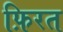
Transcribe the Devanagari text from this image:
फ़िरत